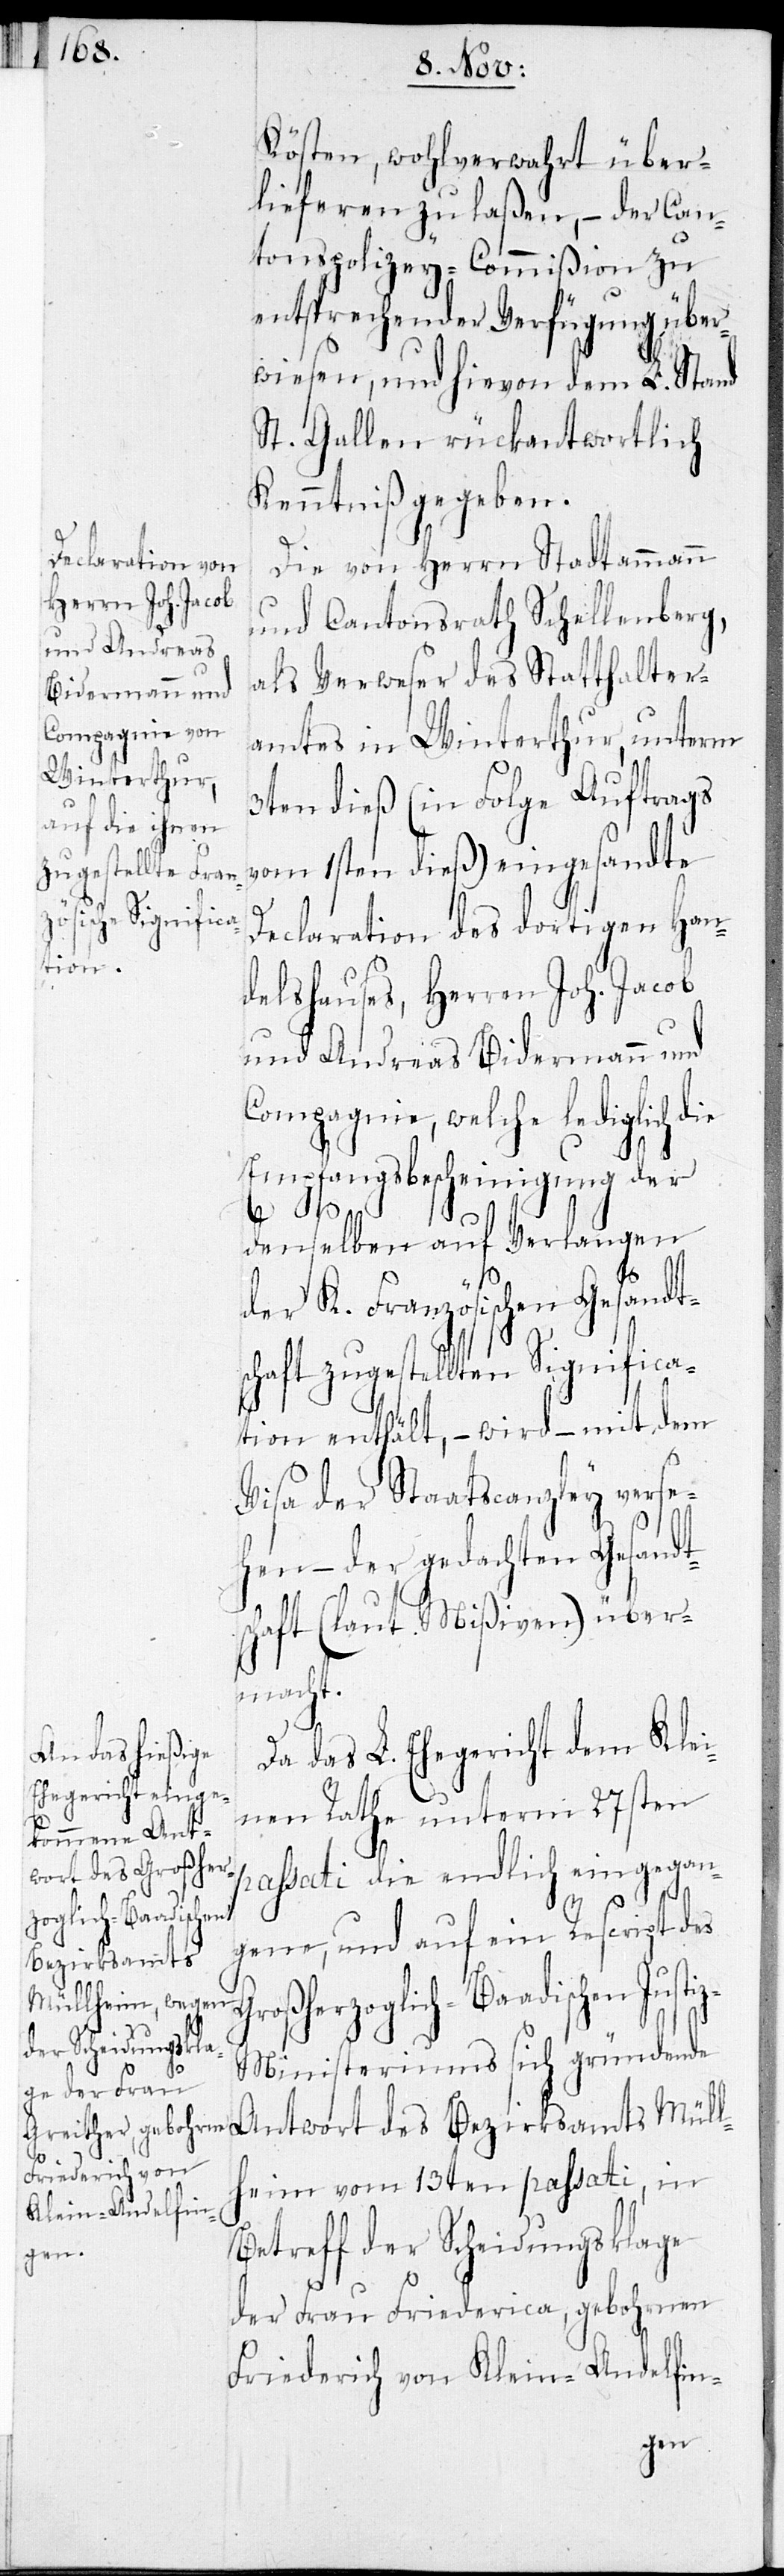
Kösten, wohlverwahrt über¬
lieferen zu laßen, – der Can¬
tonspolizey-Commißion zu
entsprechender Verfügung über¬
wiesen, und hievon dem L. Stand
St. Gallen rückantwortlich
Kenntniß gegeben.
Die von Herrn Stadtammann
und Cantonsrath Schellenberg,
als Verweser des Statthalter¬
amtes in Winterthur, unterm
3ten dieß (in Folge Auftrags
vom 1sten dieß) eingesandte
Declaration des dortigen Han¬
delshauses, Herren Joh. Jacob
und Andreas Bidermann und
Compagnie, welche lediglich die
Empfangsbescheinigung der
denselben auf Verlangen
Mül¬
der K. Französischen Gesandt¬
schaft zugestellten Significa¬
tion enthält, – wird – mit dem
Visa der Staatscanzley verse¬
hen – der gedachten Gesandt¬
schaft (laut Mißiven) über¬
macht.
Da das L. Ehegericht dem Klei¬
nen Rathe unterm 27sten
passati die endlich eingegan¬
gene, und auf ein Rescript des
Bezirksamts
oßherzoglich-Baadischen Jus¬
z-Ministeriums sich gründende
Friederich von
lheim vom 13ten passati, in
Klein-Andelfin-
Betreff der Scheidungsklage
der Frau Friederica, gebohrnen